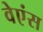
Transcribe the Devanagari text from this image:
वेएंस